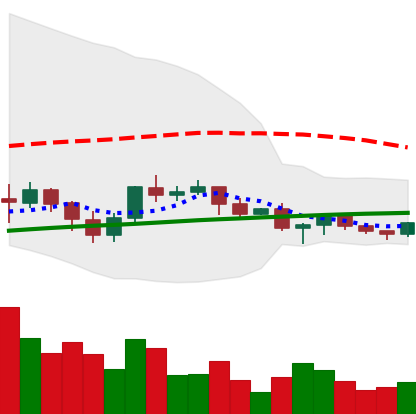
Ticker: XRP-USD
Chart end date: 2021-06-13
Forward return: -9.682%
Label: down_7plus